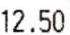
12.50